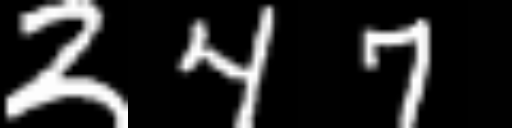
Text: 247